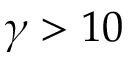
\gamma > 1 0